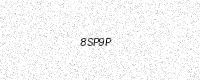
Text: 8SP9P